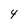
Character: 4